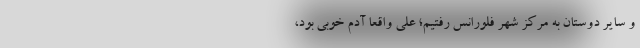
و سایر دوستان به مرکز شهر فلورانس رفتیم؛ علی واقعاً آدم خوبی بود،